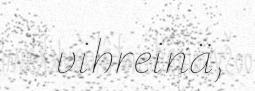
vihreinä,